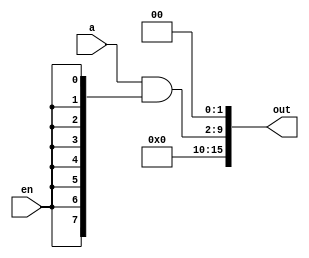
module shift2_8bit(
	input [7:0] a,
	input en,
	output [15:0] out
);

assign out[15:10] = 6'b0;
assign out[9:2] = a&{8{en}};
assign out[1:0] = 2'b0;

endmodule